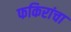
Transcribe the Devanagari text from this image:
फकिरांचा